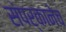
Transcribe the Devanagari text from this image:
संपर्कानेच